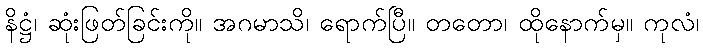
နိဋ္ဌံ၊ ဆုံးဖြတ်ခြင်းကို။ အဂမာသိ၊ ရောက်ပြီ။ တတော၊ ထိုနောက်မှ။ ကုလံ၊